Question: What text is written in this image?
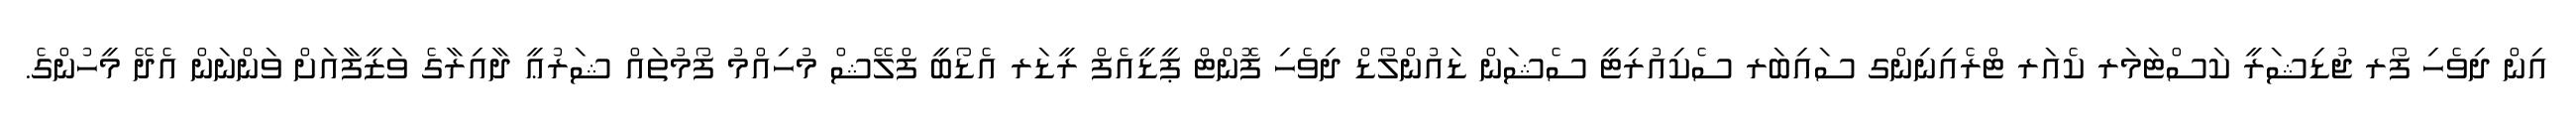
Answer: އިން ދިވެހި ފޯރ ޖުޑިޝަރީ ކަސްޓަމަރ ކެއަރ ޓްރެއިނިންގ ސައިބަރ ސެކިއުރިޓީ ސެޝަން ޑައުންލޯޑް ދިވެހި ފޮންޓް ޕީޑީއެފް ރީޑަރ އެޑޯބީ ފްލޭޝް މުހިއްމު ފޯމުތައް ޝަރުޢީ ދާއިރާގެ ވަޒީފާއަށް ވަންނަން އެދޭ މީހުންގެ.